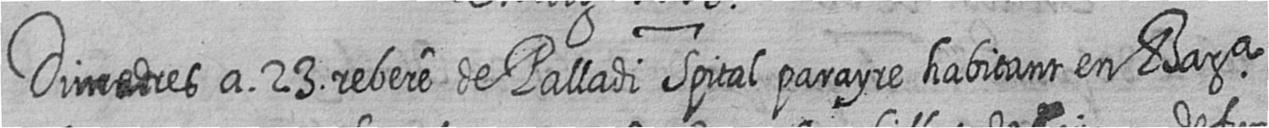
Dimecres a 23 rebere de Palladi Spital parayre habitant en Bara